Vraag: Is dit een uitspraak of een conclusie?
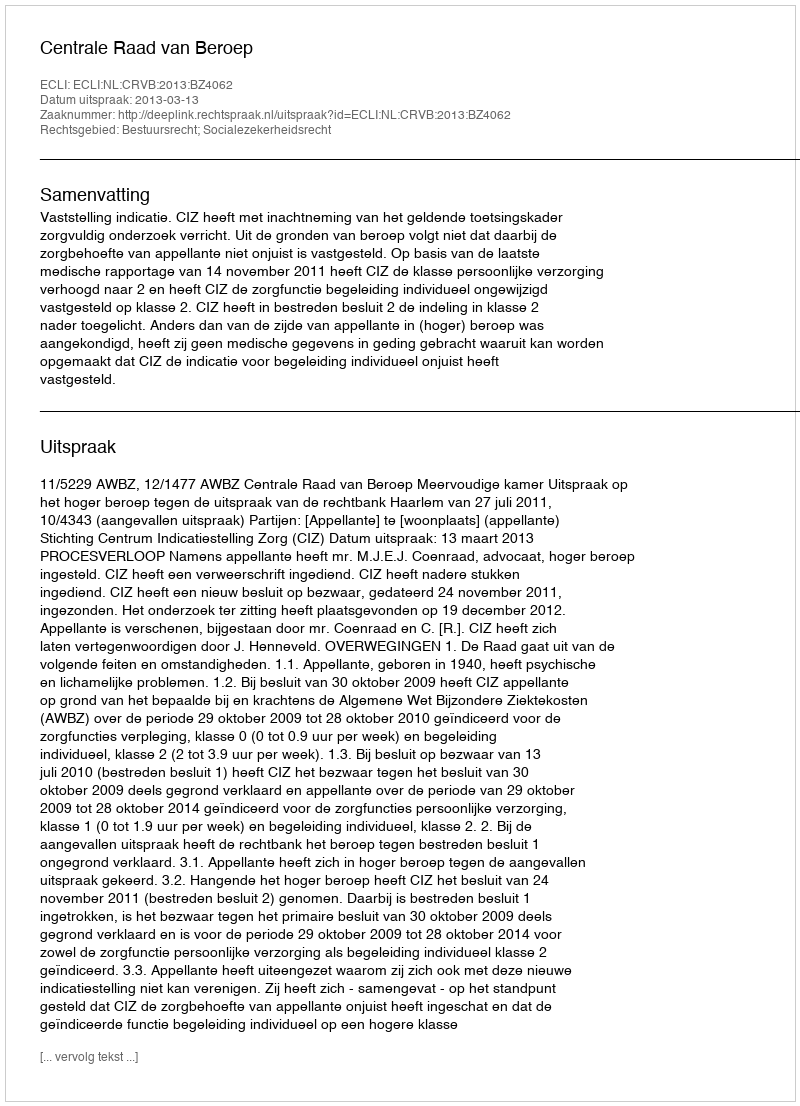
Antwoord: Uitspraak